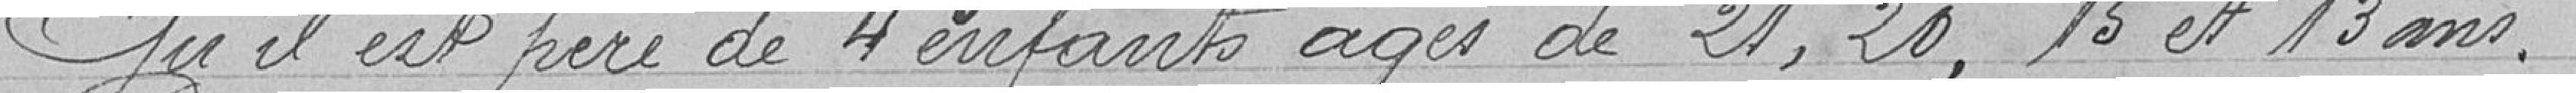
Qu'il est père de 4 enfants âgés de 21, 20, 15 et 13 ans.